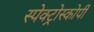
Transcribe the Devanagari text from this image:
स्‍पेक्‍ट्रोस्‍कोर्पी